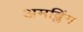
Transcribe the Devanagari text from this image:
अमब्लिंग